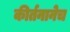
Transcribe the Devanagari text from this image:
कीर्तनानेच